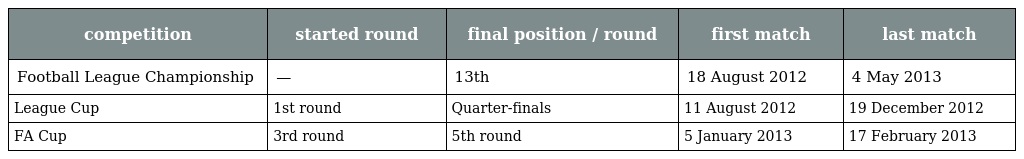
| competition | started round | final position / round | first match | last match |
 | --- | --- | --- | --- | --- |
 | Football League Championship | — | 13th | 18 August 2012 | 4 May 2013 |
 | League Cup | 1st round | Quarter-finals | 11 August 2012 | 19 December 2012 |
 | FA Cup | 3rd round | 5th round | 5 January 2013 | 17 February 2013 |